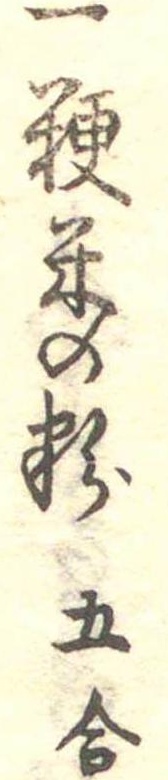
一粳米の粉五合